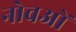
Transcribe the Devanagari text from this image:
नोवओं